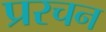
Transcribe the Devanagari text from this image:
प्ररचन